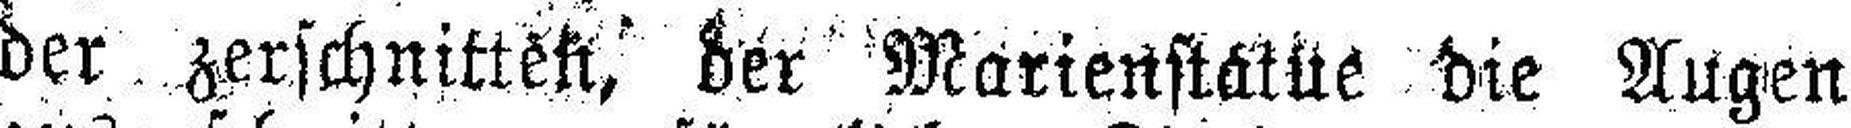
der zerschnitten, der Marienstatue die Augen